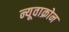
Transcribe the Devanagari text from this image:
न्यूवाक्रोन